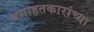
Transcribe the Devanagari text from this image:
वसाहतकारांच्या